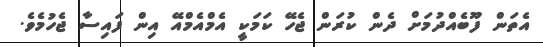
އެތަން ފޫބެއްދުމަށް ދެން ކުރަން ޖެހޭ ކަމަކީ އެމްއެމްއޭ އިން ފައިސާ ޖެހުމެވެ.